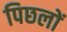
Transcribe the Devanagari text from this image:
पिछलों